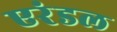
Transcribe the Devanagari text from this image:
एरंडल